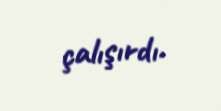
çalışırdı.